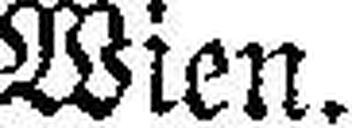
Wien.